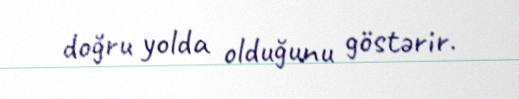
doğru yolda olduğunu göstərir.